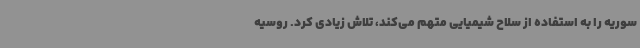
سوریه را به استفاده از سلاح شیمیایی متهم می‌کند، تلاش زیادی کرد. روسیه